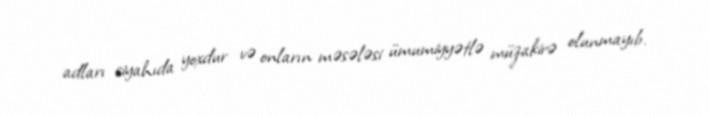
adları siyahıda yoxdur və onların məsələsi ümumiyyətlə müzakirə olunmayıb.